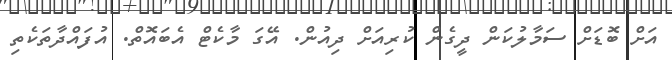
އަށް ބޮޑަށް ސަމާލުކަން ދީގެން ކުރިއަށް ދިއުން. އޭގަ މާކެޓް އެބަައޮތް. އުފައްދާތަކެތި